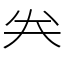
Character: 𠔉